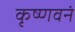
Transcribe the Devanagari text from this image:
कृष्णवनं